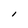
Character: I